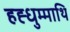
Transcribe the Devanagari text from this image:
हह्धुम्माथि